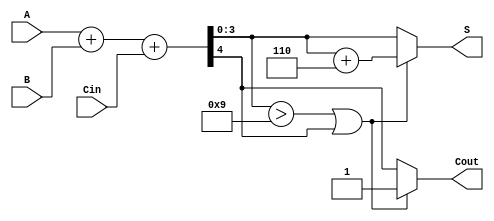
module BCD_Conditional_Adder (
    input [3:0] A,      // BCD input A
    input [3:0] B,      // BCD input B
    input Cin,          // Carry input
    output reg [3:0] S, // BCD output sum
    output reg Cout     // Carry output
);

// Intermediate signals
wire [4:0] Sum; // 5-bit intermediate sum
wire Adj;       // Adjustment signal

// Calculate intermediate sum
assign Sum = A + B + Cin;

// Determine if adjustment is needed
assign Adj = (Sum[3:0] > 4'b1001) || Sum[4];

// Calculate output S and carry-out Cout
always @(*) begin
    if (Adj) begin
        S = Sum[3:0] + 4'b0110; // Add 6 to make it valid BCD
        Cout = 1;               // Set carry-out if adjustment is made
    end else begin
        S = Sum[3:0];           // No adjustment needed
        Cout = Sum[4];         // Carry-out from the fifth bit of Sum
    end
end

endmodule